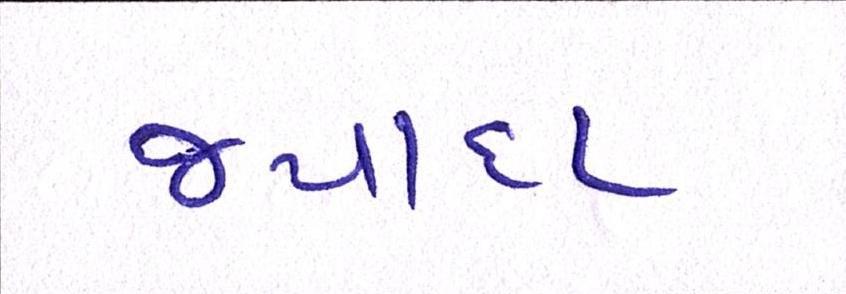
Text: જ્યાદા